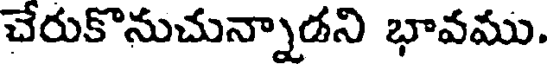
చేరుకొనుచున్నాడని భావము.